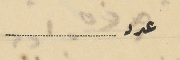
عدد ..............................